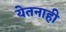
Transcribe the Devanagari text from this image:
येतनाही